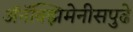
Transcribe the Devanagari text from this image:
अॅनॅक्झिमेनीसपुढे